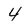
Character: 4